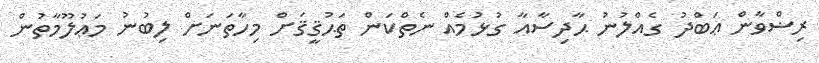
ރިޟްވާން ޢަބްދު ގެއްލުނު ޙާދިސާއާ ގުޅުމެއް ނެތްކަން ތަޙުޤީޤަށް މިހާތަނަށް ލިބުނު މަޢުލޫމާތުން